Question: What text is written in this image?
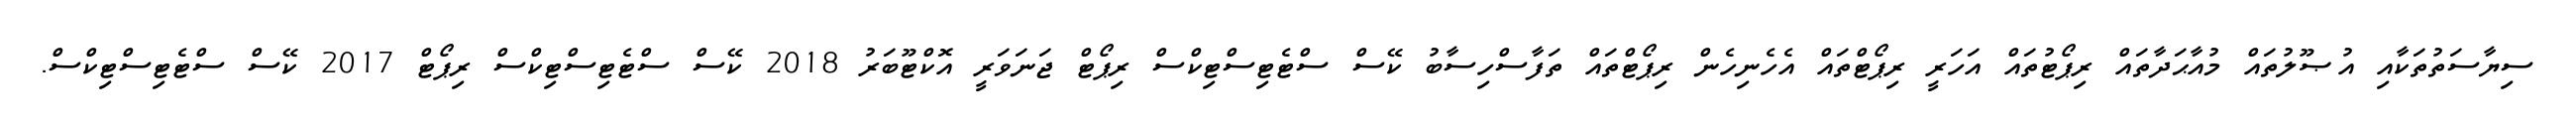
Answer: ސިޔާސަތުތަކާއި އުޞޫލުތައް މުއާޙަދާތައް ރިޕޯޓުތައް އަހަރީ ރިޕޯޓްތައް އެހެނިހެން ރިޕޯޓްތައް ތަފާސްހިސާބު ކޭސް ސްޓެޓިސްޓިކްސް ރިޕޯޓް ޖަނަވަރީ އޮކްޓޫބަރު 2018 ކޭސް ސްޓެޓިސްޓިކްސް ރިޕޯޓް 2017 ކޭސް ސްޓެޓިސްޓިކްސް.